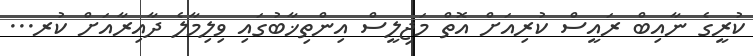
ކުރީގެ ނާއިބް ރައީސް ކުރިއަށް އޮތް މަޖިލީސް އިންތިޚާބުގައި ވިލިމާލެ ދާއިރާއަށް ކުރ...